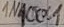
Text: IN4001